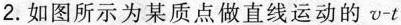
2.如图所示为某质点做直线运动的v-t